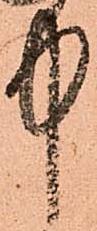
中